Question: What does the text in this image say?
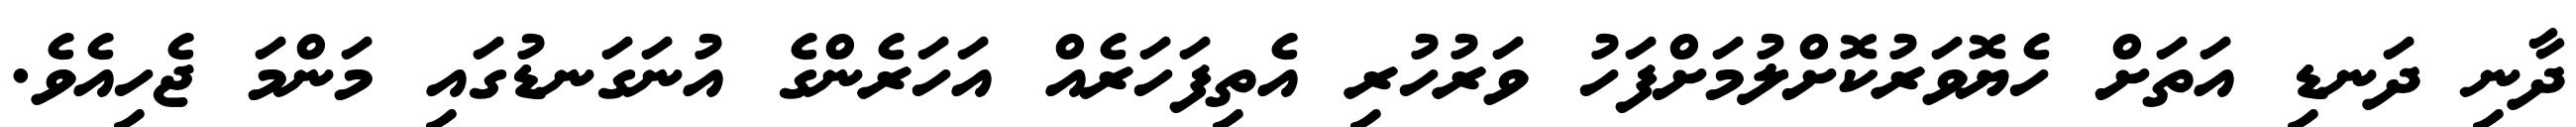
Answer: ދާނި ދަނޑި އަތަށް ހެޔޮވަރުކޮށްލުމަށްފަހު ވަރުހުރި އެތިފަހަރެއް އަހަރެންގެ އުނަގަނޑުގައި މަންމަ ޖެހިއެވެ.